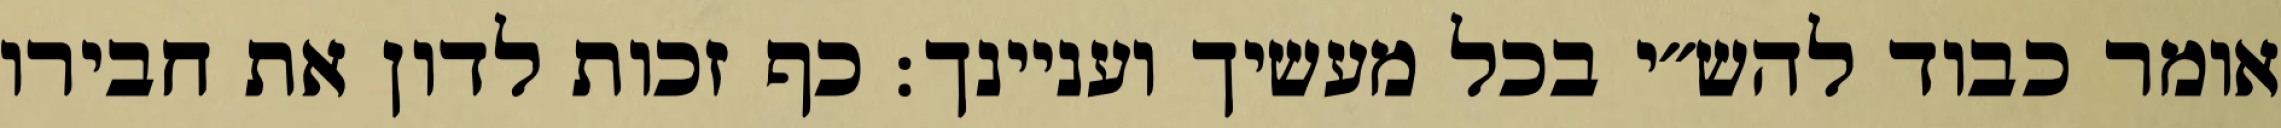
אומר כבוד להש״י בכל מעשיך ועניינך: כף זכות לדון את חבירו